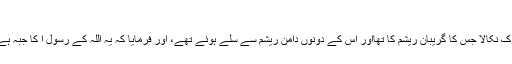
آٹھواں باب :آپ ﷺ کا جبہ :
حضرت اسماء بنت ابوبکرؓ سے روایت ہے کہ انہوں نے ایک طیالسی کسروانیہ جبہ مبارک نکالا جس کا گریبان ریشم کا تھااور اس کے دونوں دامن ریشم سے سلے ہوئے تھے، اور فرمایا کہ یہ اللہ کے رسول ا کا جبہ ہے جو ام المؤمنین حضرت عائشہؓ کے پاس تھا جب وہ وفات پاگئیں تو اسے میں نے لے لیا۔